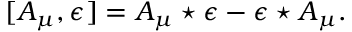
[ A _ { \mu } , \epsilon ] = A _ { \mu } \star \epsilon - \epsilon \star A _ { \mu } .